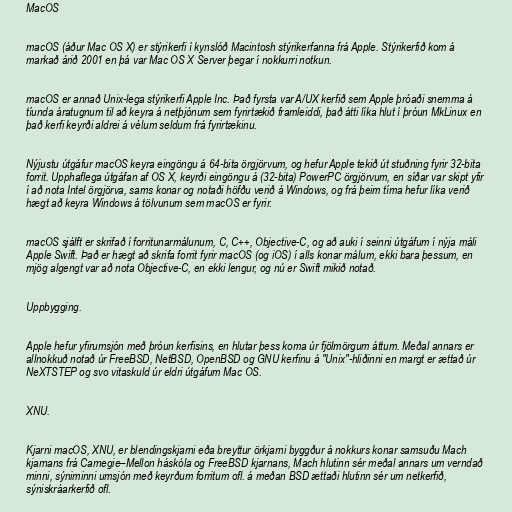
MacOS

macOS (áður Mac OS X) er stýrikerfi í kynslóð Macintosh stýrikerfanna frá Apple. Stýrikerfið kom á
markað árið 2001 en þá var Mac OS X Server þegar í nokkurri notkun.

macOS er annað Unix-lega stýrikerfi Apple Inc. Það fyrsta var A/UX kerfið sem Apple þróaði snemma á
tíunda áratugnum til að keyra á netþjónum sem fyrirtækið framleiddi, það átti líka hlut í þróun MkLinux en
það kerfi keyrði aldrei á vélum seldum frá fyrirtækinu.

Nýjustu útgáfur macOS keyra eingöngu á 64-bita örgjörvum, og hefur Apple tekið út stuðning fyrir 32-bita
forrit. Upphaflega útgáfan af OS X, keyrði eingöngu á (32-bita) PowerPC örgjörvum, en síðar var skipt yfir
í að nota Intel örgjörva, sams konar og notaði höfðu verið á Windows, og frá þeim tíma hefur líka verið
hægt að keyra Windows á tölvunum sem macOS er fyrir.

macOS sjálft er skrifað í forritunarmálunum, C, C++, Objective-C, og að auki í seinni útgáfum í nýja máli
Apple Swift. Það er hægt að skrifa forrit fyrir macOS (og iOS) í alls konar málum, ekki bara þessum, en
mjög algengt var að nota Objective-C, en ekki lengur, og nú er Swift mikið notað.

Uppbygging.

Apple hefur yfirumsjón með þróun kerfisins, en hlutar þess koma úr fjölmörgum áttum. Meðal annars er
allnokkuð notað úr FreeBSD, NetBSD, OpenBSD og GNU kerfinu á "Unix"-hliðinni en margt er ættað úr
NeXTSTEP og svo vitaskuld úr eldri útgáfum Mac OS.

XNU.

Kjarni macOS, XNU, er blendingskjarni eða breyttur örkjarni byggður á nokkurs konar samsuðu Mach
kjarnans frá Carnegie–Mellon háskóla og FreeBSD kjarnans, Mach hlutinn sér meðal annars um verndað
minni, sýniminni umsjón með keyrðum forritum ofl. á meðan BSD ættaði hlutinn sér um netkerfið,
sýniskráarkerfið ofl.